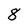
Character: 8